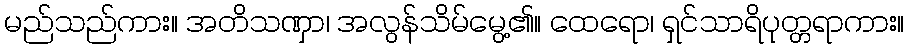
မည်သည်ကား။ အတိသဏှာ၊ အလွန်သိမ်မွေ့၏။ ထေရော၊ ရှင်သာရိပုတ္တရာကား။